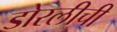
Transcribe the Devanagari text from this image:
डोरलीची